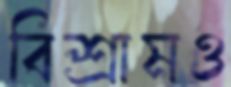
বিশ্রামও